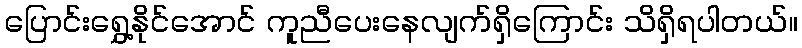
ပြောင်းရွှေ့နိုင်အောင် ကူညီပေးနေလျက်ရှိကြောင်း သိရှိရပါတယ်။